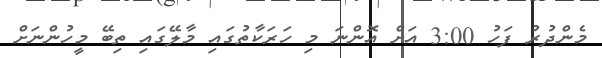
މެންދުރު ފަހު 3:00 އަށް އޮންނަ މި ހަރަކާތުގައި މާލޭގައި ތިބޭ މީހުންނަށް